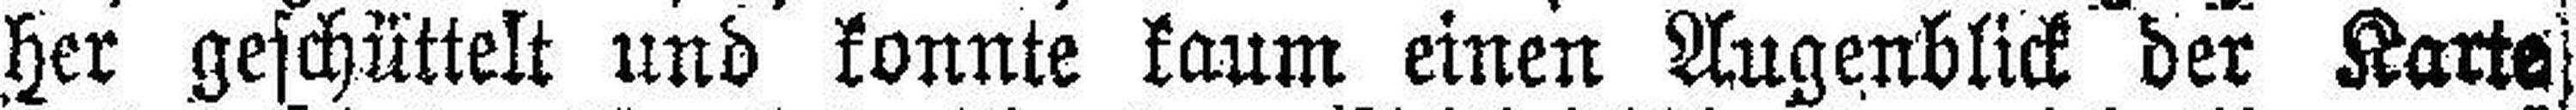
her geschüttelt und konnte kaum einen Augenblick der Karte